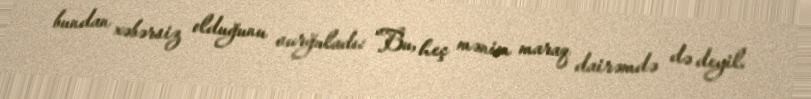
bundan xəbərsiz olduğunu vurğuladı: “Bu, heç mənim maraq dairəmdə də deyil.